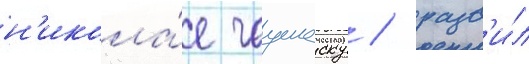
н'икола́е чаушеску / разв'и́л